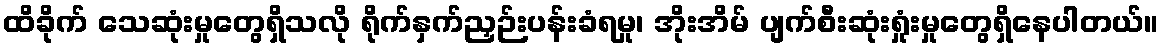
ထိခိုက် သေဆုံးမှုတွေရှိသလို ရိုက်နှက်ညှဉ်းပန်းခံရမှု၊ အိုးအိမ် ပျက်စီးဆုံးရှုံးမှုတွေရှိနေပါတယ်။